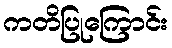
ကတိပြုကြောင်း